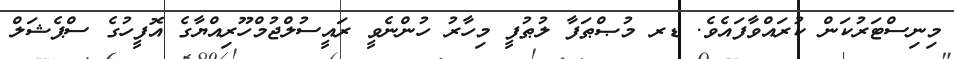
މިނިސްޓަރުކަން ކުރައްވާފައެވެ. ޑރ މުޞްޠަފާ ލުޠުފީ މިހާރު ހުންނެވީ ރައީސުލްޖުމްހޫރިއްޔާގެ އޮފީހުގެ ސްޕެޝަލް